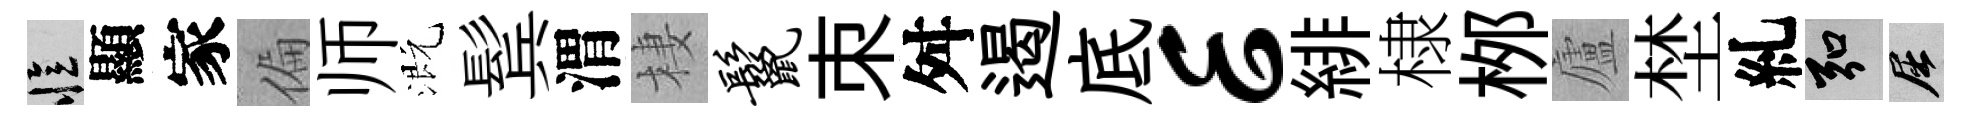
忆顯家偏师溉鬂渭棲鬣朿舛遏底E緋棣桞廬埜糺弘屈